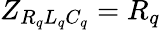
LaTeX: Z_{R_{q}L_{q}C_{q}}=R_{q}